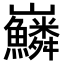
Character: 𡿠